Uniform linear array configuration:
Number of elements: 24
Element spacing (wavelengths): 1
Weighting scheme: kaiser
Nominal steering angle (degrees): -60
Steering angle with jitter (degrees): -60.652
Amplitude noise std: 0.05
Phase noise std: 0.05

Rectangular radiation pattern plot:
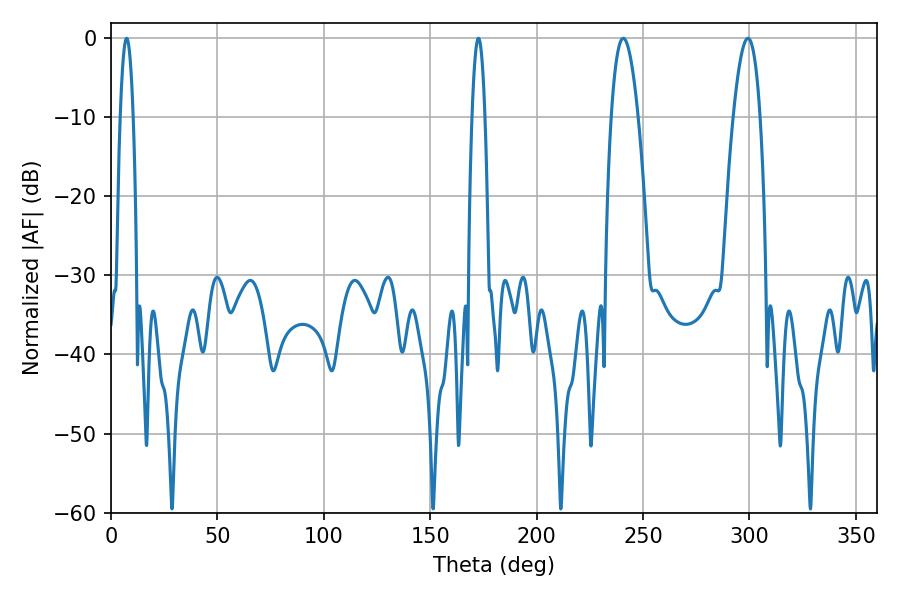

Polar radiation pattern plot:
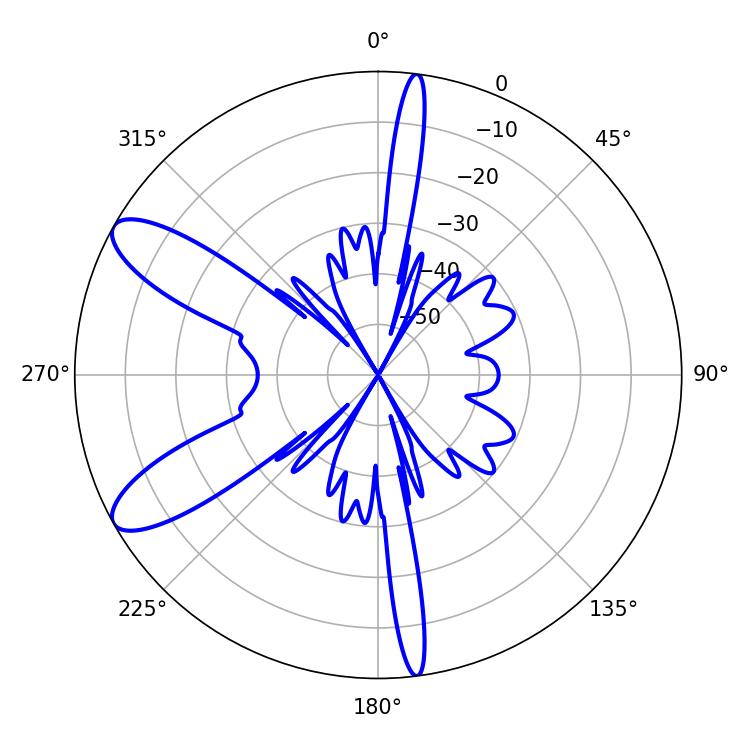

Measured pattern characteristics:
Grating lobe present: TRUE
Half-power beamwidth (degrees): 7.02
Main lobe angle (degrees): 240.66